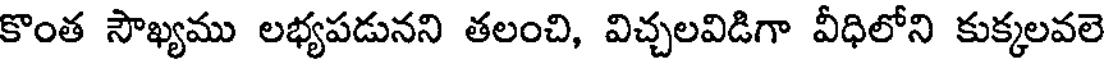
కొంత సౌఖ్యము లభ్యపడునని తలంచి, విచ్చలవిడిగా వీధిలోని కుక్కలవలె